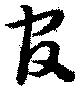
官